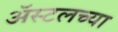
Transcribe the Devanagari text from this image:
ॲस्टलच्या